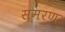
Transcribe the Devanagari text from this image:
समरण